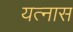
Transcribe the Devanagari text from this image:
यत्नास